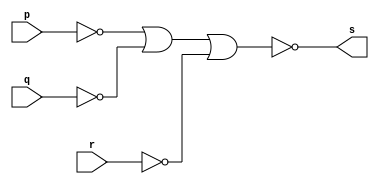
 
// ------------------------- 
// Exemplo0008 - AND 
// Nome: Mateus Augusto Moraes Ferreira
// ------------------------- 
 
// ------------------------- 
// -- and gate 
// ------------------------- 
module andgate ( output s, 
                            input   p,q,r); 
 assign s = ~((~p)|(~q)|(~r)); 
endmodule // andgate 
 
// --------------------- 
// -- test and gate 
// --------------------- 
module testandgate; 
// ------------------------- dados locais 
   reg   a,b,c; // definir registradores 
   wire  s;    // definir conexao (fio) 
// ------------------------- instancia 
   andgate AND1 (s, a, b, c); 
// ------------------------- preparacao 
   initial begin:start 
      a=0; b=0; c=0; 
   end 
 
 // ------------------------- parte principal 
 
   initial begin 
      $display("Exemplo0009 - Mateus Augusto Moraes Ferreira - 435669"); 
      $display("Test AND gate - 3 entradas"); 
      $display("\n (a & b & c) = s\n");  
      $monitor("%b & %b & %b = %b", a, b,c, s); 
  #1  a=0; b=0; c=0;
  #1  a=0; b=0; c=1;
  #1  a=0; b=1; c=0;
  #1  a=0; b=1; c=1;
  #1  a=1; b=0; c=0;
  #1  a=1; b=0; c=1;
  #1  a=1; b=1; c=0;
  #1  a=1; b=1; c=1;
  
 end 
 
endmodule // testandgate